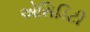
એસિડિટી